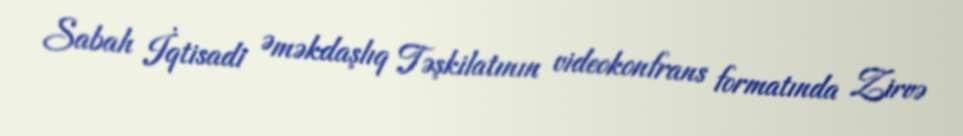
Sabah İqtisadi Əməkdaşlıq Təşkilatının videokonfrans formatında Zirvə